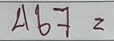
467 =